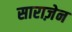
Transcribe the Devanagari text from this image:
साराज़ेन